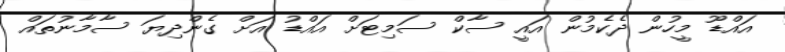
އައްޑޫ މީހުން ދެކެމުން އައީ ސާކް ސަމިޓަށް އައްޑު އަށް ގެންދިޔަ ސާމާނުތައް